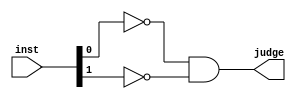
// XOR 00
// OUT 01
// SETL 10
// SETR 11

module ISXOR (
	input wire[1:0] inst,
	output wire judge
	);
	assign judge = (!inst[0] & !inst[1]);
endmodule

module ISOUT (
	input wire[1:0] inst,
	output wire judge
	);
	assign judge = (inst[0] & !inst[1]);
endmodule

module ISSETL (
	input wire[1:0] inst,
	output wire judge
	);
	assign judge = (!inst[0] & inst[1]);
endmodule

module ISSETR (
	input wire[1:0] inst,
	output wire judge
	);
	assign judge = (inst[0] & inst[1]);
endmodule